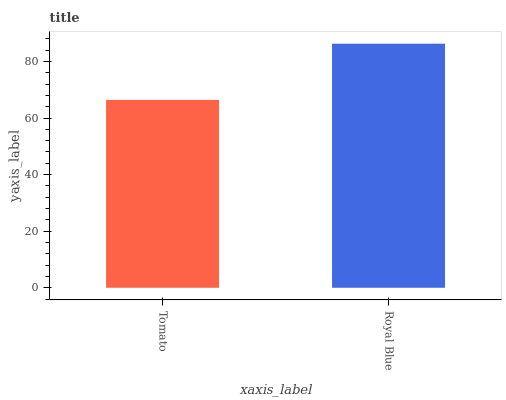
| xaxis_label | bars |
 | --- | --- |
 | Tomato | 66.4 |
 | Royal Blue | 86.3 |